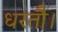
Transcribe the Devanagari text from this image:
धरतौ।